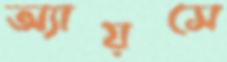
অ্যায়সে